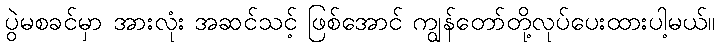
ပွဲမစခင်မှာ အားလုံး အဆင်သင့် ဖြစ်အောင် ကျွန်တော်တို့လုပ်ပေးထားပါ့မယ်။